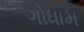
ગોધામ